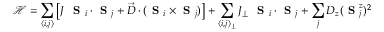
\mathcal { H } = \sum _ { \langle i , j \rangle } \left[ J \ \textbf { S } _ { i } \cdot \textbf { S } _ { j } + \vec { D } \cdot ( \textbf { S } _ { i } \times \textbf { S } _ { j } ) \right] + \sum _ { \langle i , j \rangle _ { \perp } } J _ { \perp } \ \textbf { S } _ { i } \cdot \textbf { S } _ { j } + \sum _ { j } D _ { z } ( \textbf { S } _ { j } ^ { z } ) ^ { 2 }